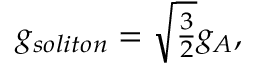
g _ { s o l i t o n } = \sqrt { \textstyle { \frac { 3 } { 2 } } } g _ { A } ,